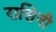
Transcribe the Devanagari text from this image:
रासिनी